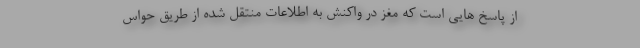
از پاسخ هایی است که مغز در واکنش به اطلاعات منتقل شده از طریق حواس